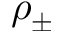
\rho _ { \pm }